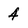
Character: 4